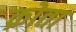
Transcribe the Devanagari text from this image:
क्रोता